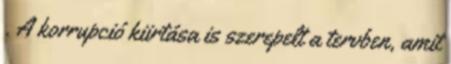
. A korrupció kiirtása is szerepelt a tervben, amit